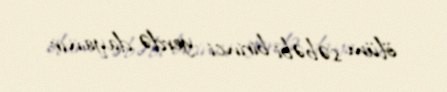
ölüm səbəbi birinci yerdə dayanır.